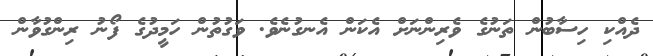
ދެއްކި ހިސާބުން ތަނުގެ ވެރިންނަށް އެކަން އެނގުނެވެ. ވަގުތުން ހަމީދުގެ ފޯނު ރިންގުވާން